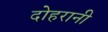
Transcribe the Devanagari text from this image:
दोहरानी